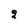
Character: 8